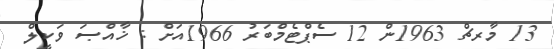
13 މާރޗް 1963ން 12 ސެޕްޓެމްބަރު 1966އަށް : ޚާއްޞަ ވަކީލް